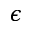
\epsilon